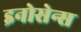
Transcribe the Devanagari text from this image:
इनोसेन्स